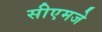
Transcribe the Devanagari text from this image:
सीएमजे